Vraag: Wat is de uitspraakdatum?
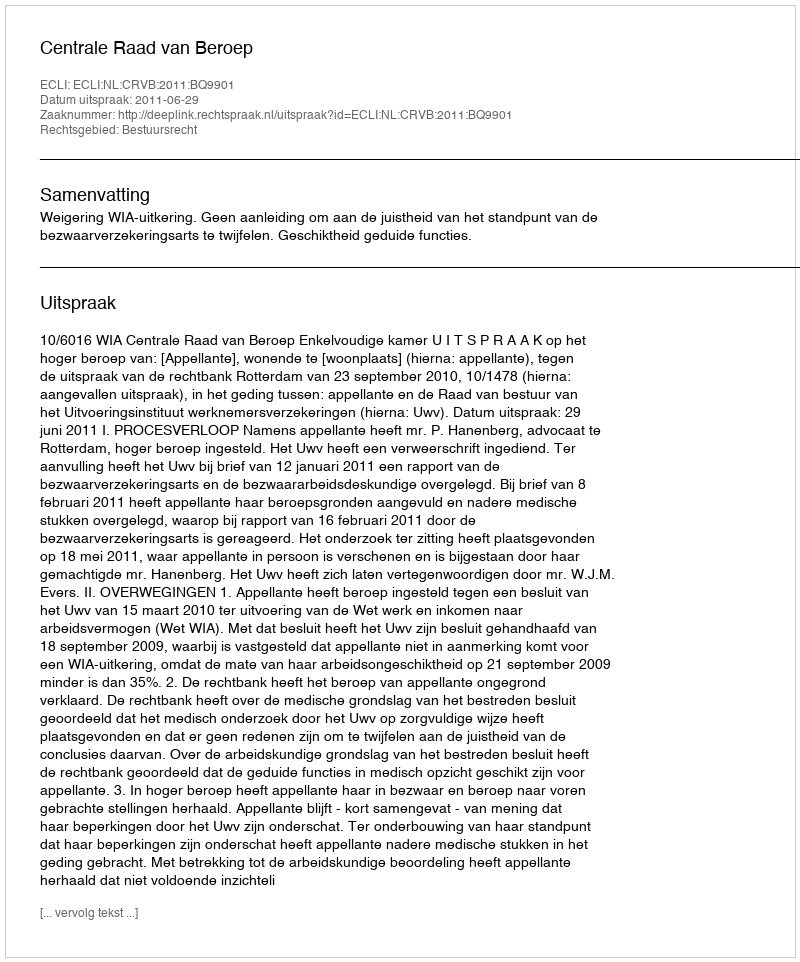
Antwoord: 2011-06-29